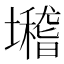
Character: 𡓈